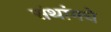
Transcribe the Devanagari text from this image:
संथांमधे